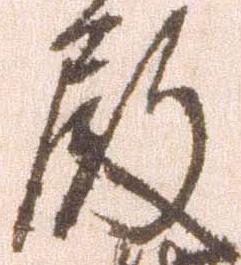
殿